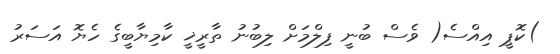
)ކޮޕީ އިއްސެ( ވެސް ބުނީ ފިލްމަށް ލިބުނު ތާރީޚީ ކާމިޔާބީގެ ހެޔޮ އަސަރު